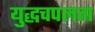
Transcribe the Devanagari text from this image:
युद्धचपलता